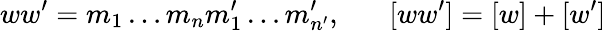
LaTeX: ww^{\prime}=m_{1}\ldots m_{n}m_{1}^{\prime}\ldots m_{n^{\prime}}^{\prime},\; \; \; \; \; \; [ww^{\prime}]=[w]+[w^{\prime}]